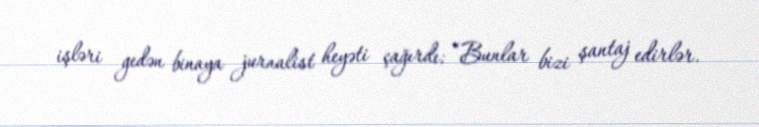
işləri gedən binaya jurnalist heyəti çağırdı: “Bunlar bizi şantaj edirlər.